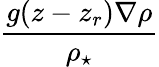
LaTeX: \frac{g(z-z_{r})\nabla\rho}{\rho_{\star}}